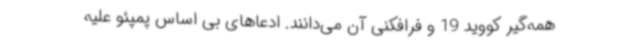
همه‌گیر کووید 19 و فرافکنی آن می‌دانند. ادعاهای بی اساس پمپئو علیه